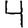
Digit: 4